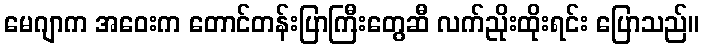
မေဂျာက အဝေးက တောင်တန်းပြာကြီးတွေဆီ လက်ညိုးထိုးရင်း ပြောသည်။